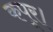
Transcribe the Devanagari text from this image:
कपूर।